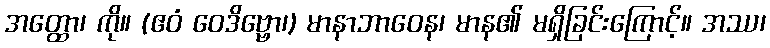
အတ္ထော၊ ကို။ (ဧဝံ ဝေဒိဗ္ဗော၊) မာနာဘာဝေန၊ မာန၏ မရှိခြင်းကြောင့်။ အဿ၊